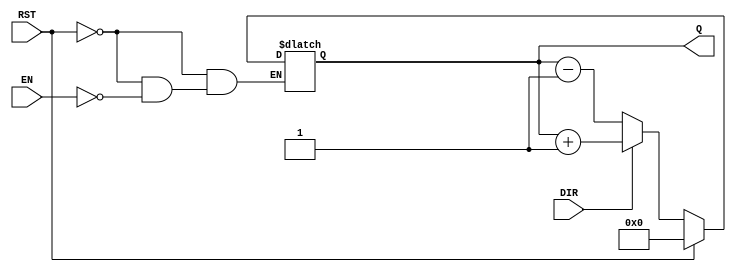
module async_counter #(
    parameter WIDTH = 4 // Configurable bit width, default is 4 bits
)(
    input wire EN,        // Enable signal
    input wire DIR,       // Count direction (1 for up, 0 for down)
    input wire RST,       // Asynchronous reset
    output reg [WIDTH-1:0] Q // Count value output
);

    // Asynchronous reset and counting logic
    always @(*) begin
        if (RST) begin
            Q = 0; // Reset count to zero
        end else if (EN) begin
            if (DIR) begin
                Q = Q + 1; // Count up
            end else begin
                Q = Q - 1; // Count down
            end
        end
    end

endmodule